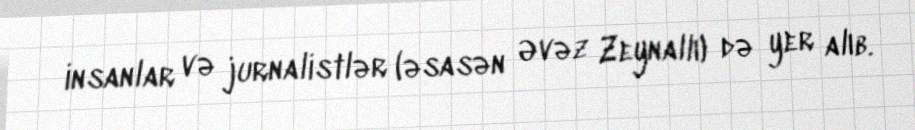
insanlar və jurnalistlər (əsasən Əvəz Zeynallı) də yer alıb.